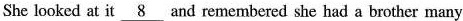
She looked at it \underline{8} and remembered she had a brother many